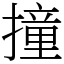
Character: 撞